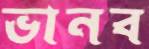
ভানব